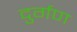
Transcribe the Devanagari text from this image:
दुर्गण